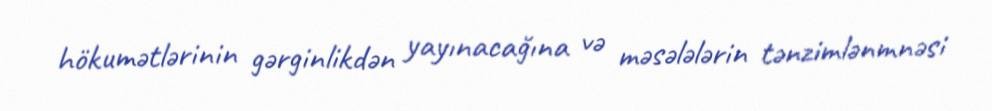
hökumətlərinin gərginlikdən yayınacağına və məsələlərin tənzimlənmnəsi